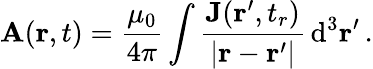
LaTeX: \mathbf{A}(\mathbf{r},t)={\frac{\mu_{0}}{4\pi}}\int{\frac{\mathbf{J}(\mathbf{r}^{\prime},t_{r})}{|\mathbf{r}-\mathbf{r}^{\prime}|}}\, \mathrm{d}^{3}\mathbf{r}^{\prime}\, .